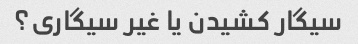
سیگار کشیدن یا غیر سیگاری؟